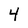
Character: 4